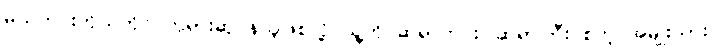
မယ်ကင်းကိုယ်တိုင် ဘုရားဆုပန်သူဖြစ်လို့ သူ့ကို ဆရာကင်း၊ ဆရာကြီး စတဲ့ အမျိုးသား